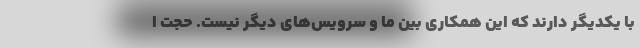
با یکدیگر دارند که این همکاری بین ما و سرویس‌های دیگر نیست. حجت ا